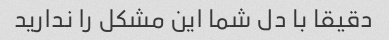
دقیقا با دل شما این مشکل را ندارید